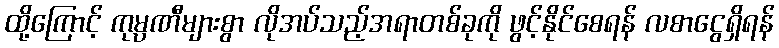
ထို့ကြောင့် ကုမ္ပဏီများစွာ လိုအပ်သည့်အရာတစ်ခုကို ဖွင့်နိုင်စေရန် လစာငွေရှိရန်